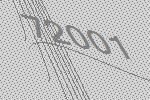
72001